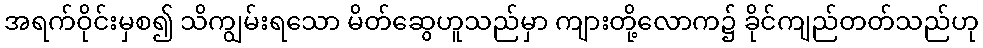
အရက်ဝိုင်းမှစ၍ သိကျွမ်းရသော မိတ်ဆွေဟူသည်မှာ ကျားတို့လောက၌ ခိုင်ကျည်တတ်သည်ဟု